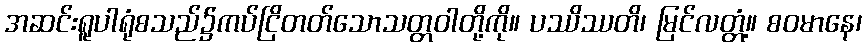
အဆင်းရူပါရုံစသည်၌ကပ်ငြိတတ်သောသတ္တဝါတို့ကို။ ပဿိဿတိ၊ မြင်လတ္တံ့။ စဝမာနေ၊